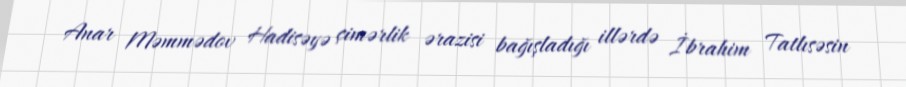
Anar Məmmədov Hadisəyə çimərlik ərazisi bağışladığı illərdə İbrahim Tatlısəsin